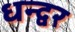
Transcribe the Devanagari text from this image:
धन्द्वर